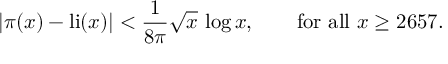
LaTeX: | \pi ( x ) - \operatorname { l i } ( x ) | < { \frac { 1 } { 8 \pi } } { \sqrt { x } } \, \log { x } , \qquad { \mathrm { f o r ~ a l l ~ } } x \geq 2 6 5 7 .